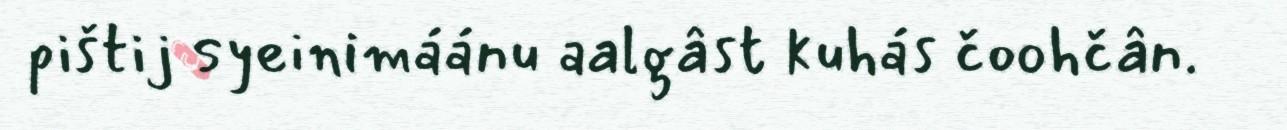
pištij syeinimáánu aalgâst kuhás čoohčân.